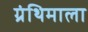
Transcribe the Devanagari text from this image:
ग्रंथिमाला